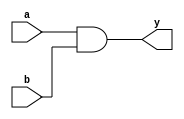
`timescale 1ns / 1ps
//////////////////////////////////////////////////////////////////////////////////
// Company: 
// Engineer: 
// 
// Design Name: 
// Module Name: and_gate
// Project Name: 
// Target Devices: 
// Tool Versions: 
// Description: 
// 
// Dependencies: 
// 
// Revision:
// Revision 0.01 - File Created
// Additional Comments:
// 
//////////////////////////////////////////////////////////////////////////////////


module and_gate(y,a,b);
input a,b;
output y;
assign y = a&&b;
endmodule